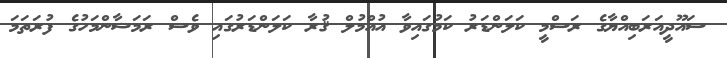
ސައޫދީއަރަބިއްޔާގެ ރަސްމީ ކަލަންޑަރު ކަމުގައިވާ އުއްމުލް ޤުރާ ކަލަންޑަރުގައި ވެސް ރަމަޟާންމަހުގެ ފުރަތަމަ